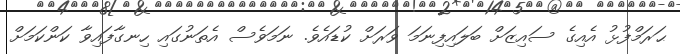
ޙަރަމްފުޅު އެއިގެ ސައިޒަށް ބަލައިފިނަމަ ވަރަށް ކުޑައެވެ. ނަމަވެސް އެތަނުގައި ހިނގާފައިވާ ކަންކަމަށް